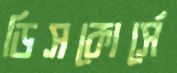
ডিসকোর্সে